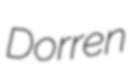
Dorren